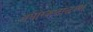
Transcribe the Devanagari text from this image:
अघोरकष्टोद्धरण